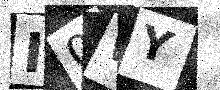
Text: I0WY